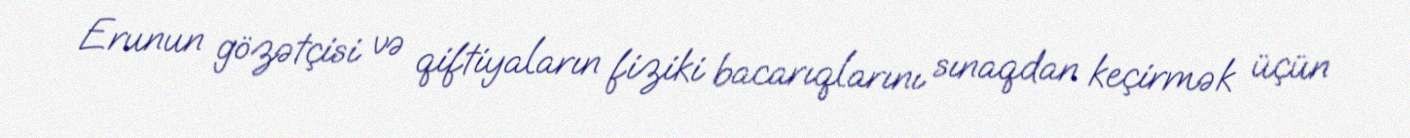
Erunun gözətçisi və qiftiyaların fiziki bacarıqlarını sınaqdan keçirmək üçün